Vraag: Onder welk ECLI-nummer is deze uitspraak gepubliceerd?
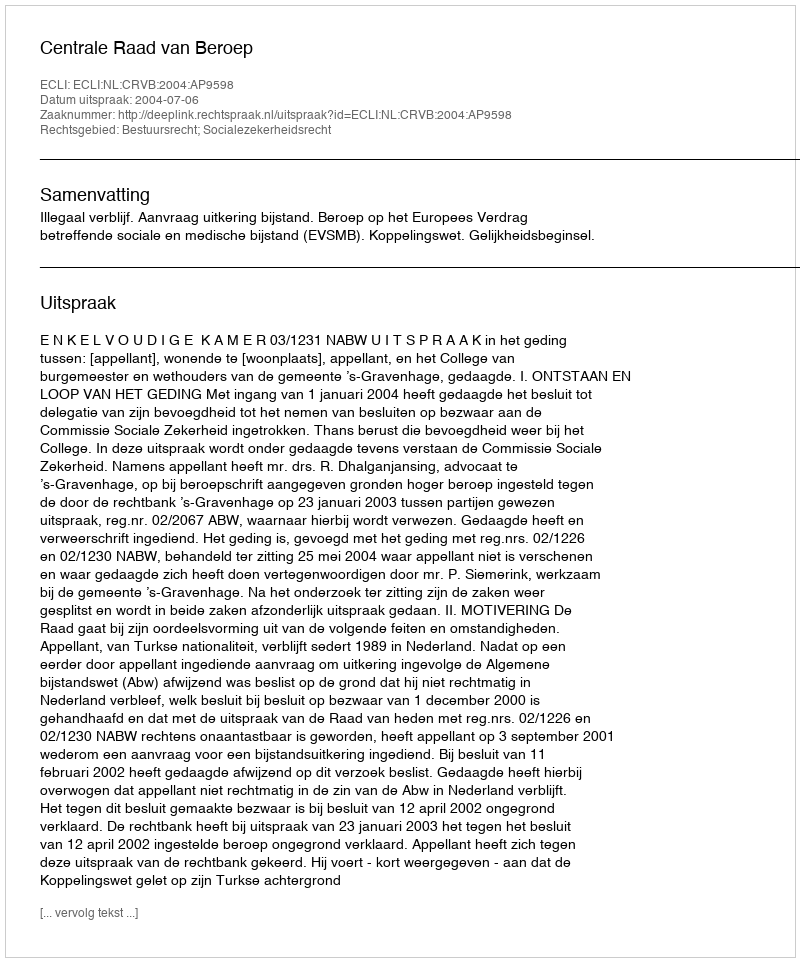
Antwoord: ECLI:NL:CRVB:2004:AP9598